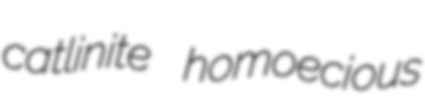
catlinite homoecious